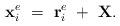
LaTeX: \begin{align*}{\bf x}_{i}^{e}~=~{\bf r}_{i}^{e}~+~{\bf X}.\end{align*}